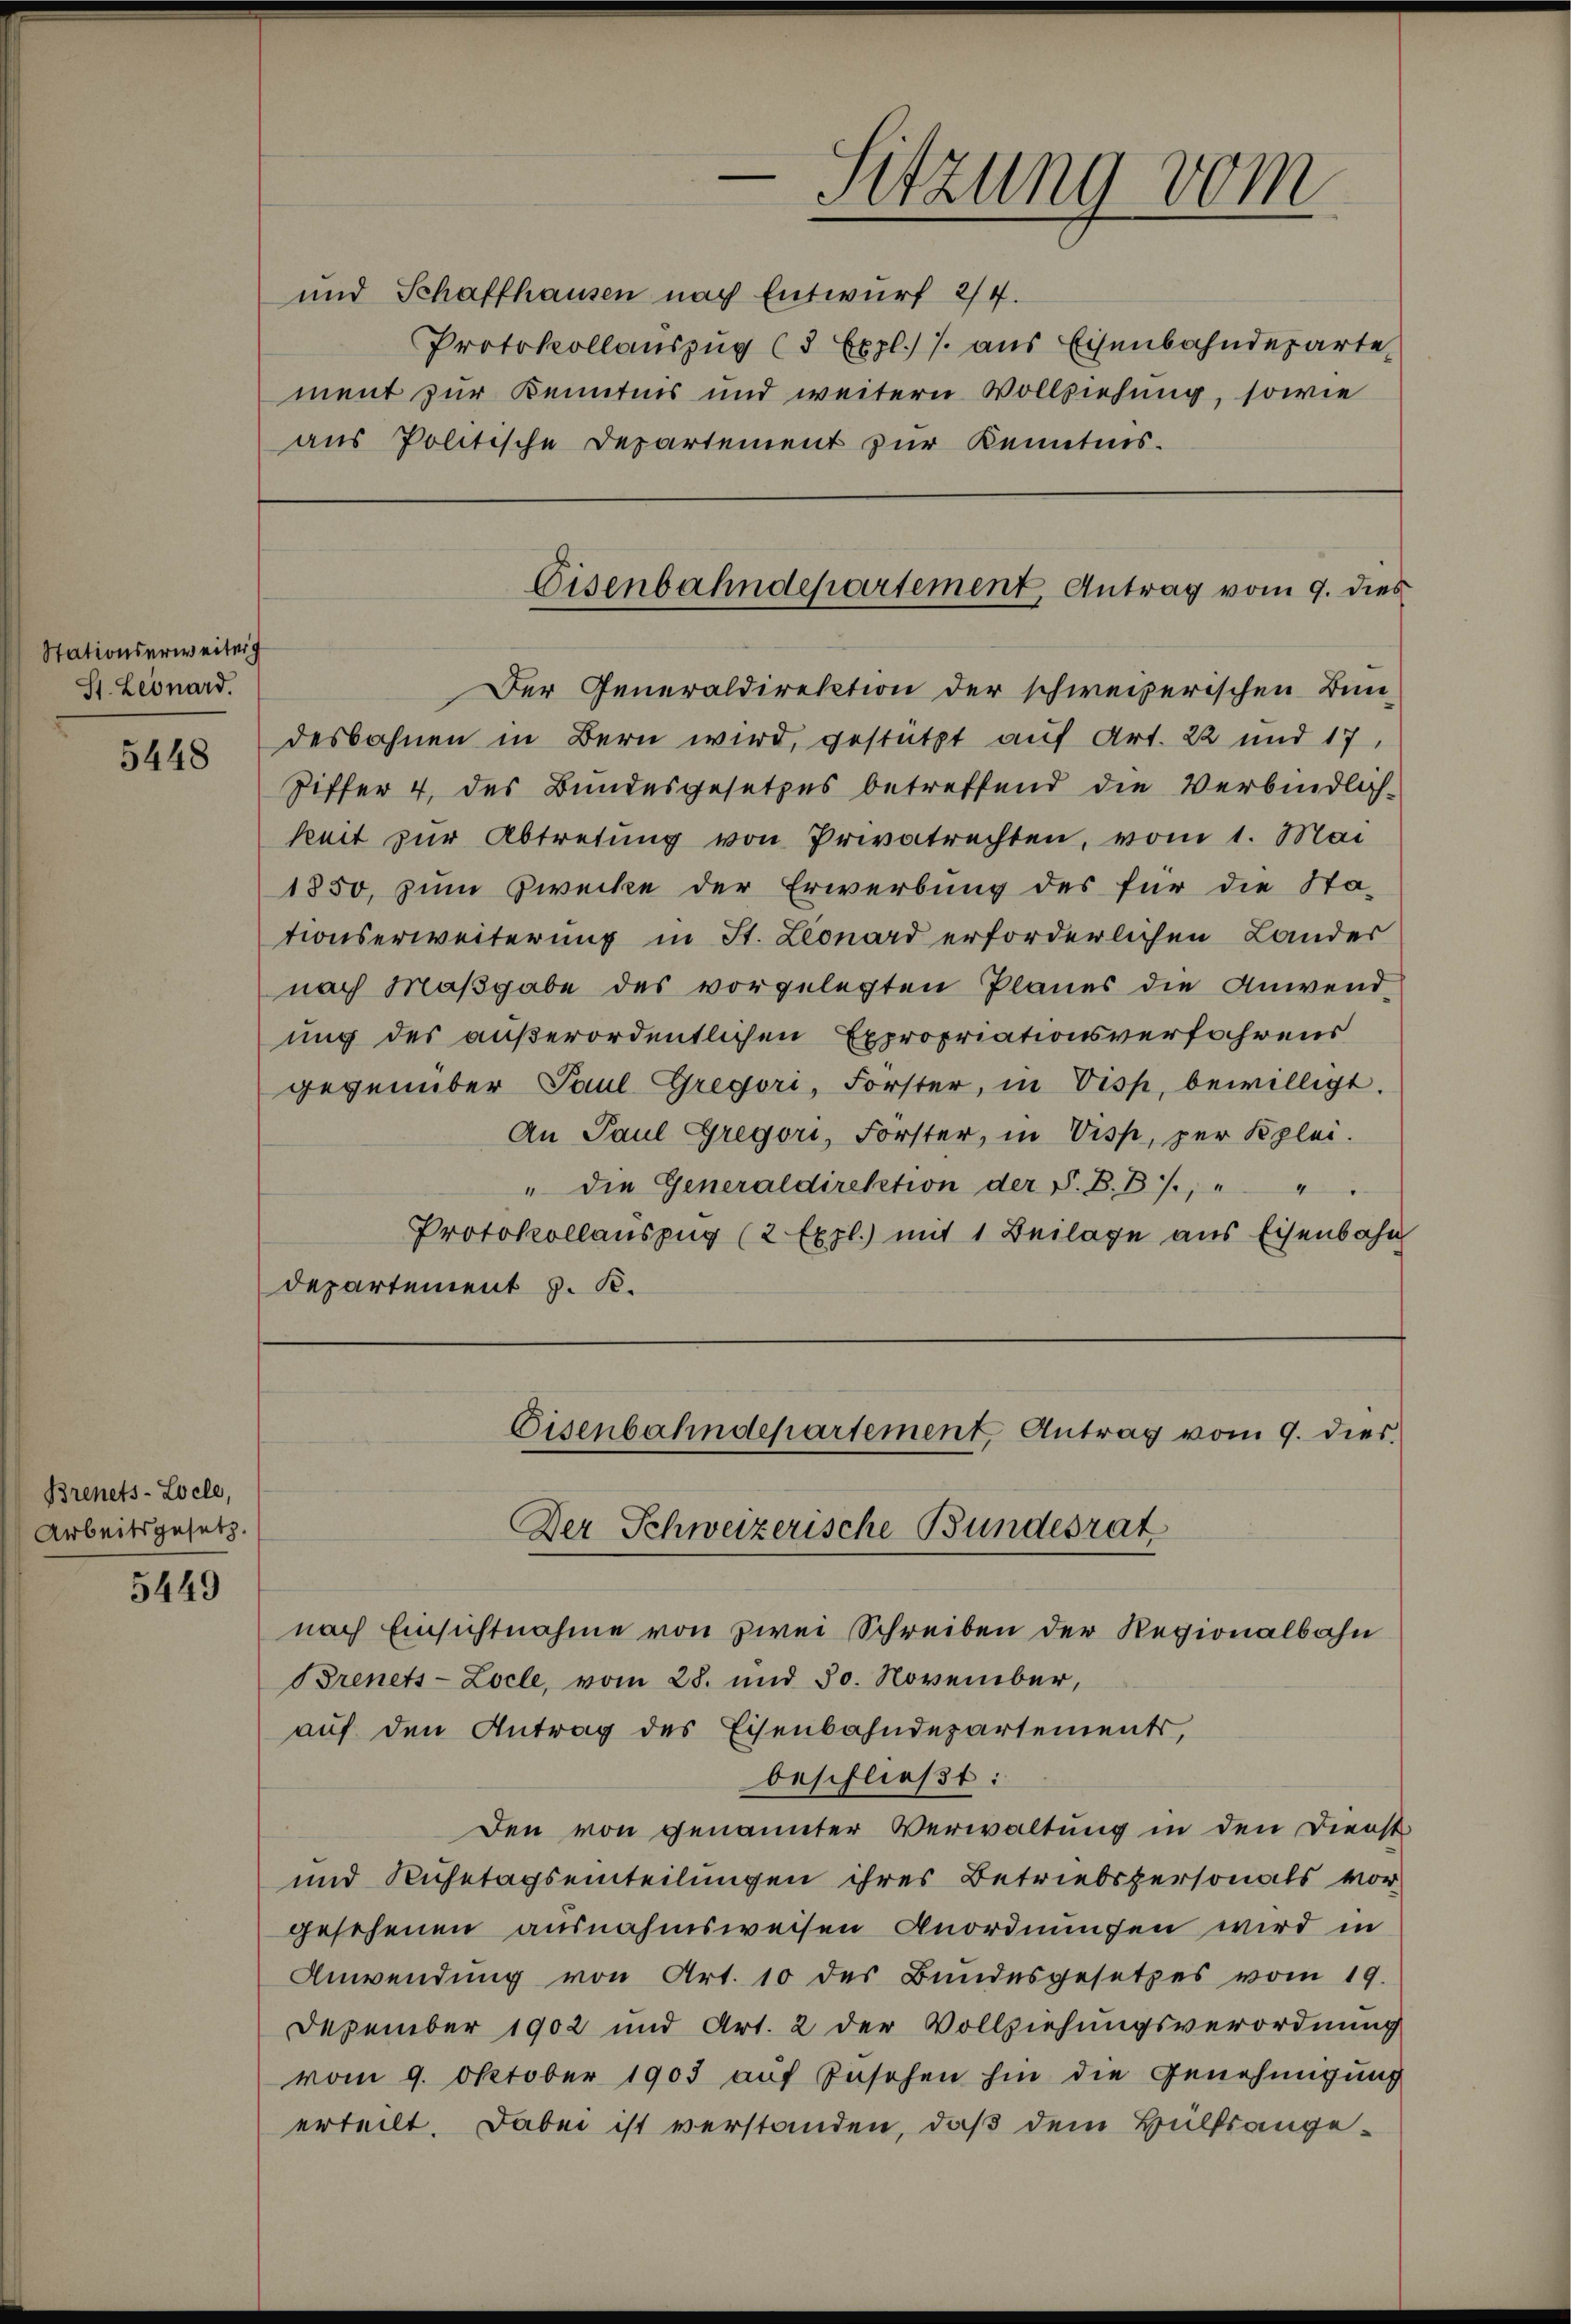
Stationserweiterg
St. Leonard.

5448

Brenets-Locle,
Arbeitsgesetz

5449

Sitzung vom

und Schaffhausen nach Entwurf 2/4.
Protokollauszug (5 Expl.) J. aus Eisenbahndeparte
ment zur Kenntnis und weitern Vollziehung, sowie
aus Politische Departement zur Kenntnis.

Der Generaldirektion der schweizerischen Bun-
desbahnen in Bern wird, gestützt auf Art. 22 und 17.
Piffer 4. des Bundesgesetzes betreffend die Verbindlich-
keit zur Abtretung von Privatrechten, vom 1. Mai
1850, zum Zwecke der Erwerbung des für die Sta-
tionserweiterung in St. Leonard erforderlichen Lander
nach Maßgabe des vorgelegten Planes die Anwend
ung des außerordentlichen Expropriationsverfahrens
gegenüber Paul Gregori, Forster, in Disp. bewilligt.
An Paul Gregori, Forster, in Visp, zur Klei¬
" die Generaldirektion der S. B. B., " " "
Protokollauszug (2 Expl.) mit 1 Beilage aus Eisenbahn
departement J. K.

Eisenbahndepartement, Antrag vom 9. dies

nach Einsichtnahme von zwei Schreiben der Regionalbahn
Brenets-Locle, vom 28. und 30. November,
auf den Antrag des Eisenbahndepartements,
beschließt:
Den von genannter Verwaltung in den Dienst
und Ruhetagseinteilungen ihres Betriebspersonals vorgesehenen ausnahmsweisen Anordnungen wird in
Anwendung von Art. 10 des Bundesgesetzes vom 19.
Dezember 1902 und Art. 2 der Vollziehungsverordnung
vom 9. Oktober 1903 auf Zusehen hin die Genehmigung
erteilt. Dabei ist verstanden, daß dem Hülfsange-

Eisenbahndepartement, Antrag vom 9. dies
Der Schweizerische Bundesrat